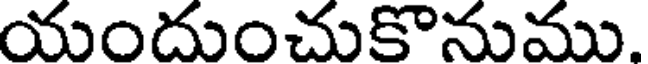
యందుంచుకొనుము.